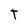
Character: t